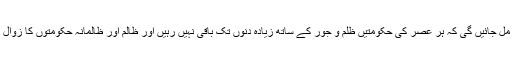
تاریخ عالم انسانیت میں ایسی بے شمار مثالیں مل جائیں گی کہ ہر عصر کی حکومتیں ظلم و جور کے ساتھ زیادہ دنوں تک باقی نہیں رہیں اور ظالم اور ظالمانہ حکومتوں کا زوال ہو ہی گیا اور پوری دنیا میں رسوا ہوگئی ہیں۔